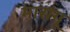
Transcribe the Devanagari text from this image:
मारांगू